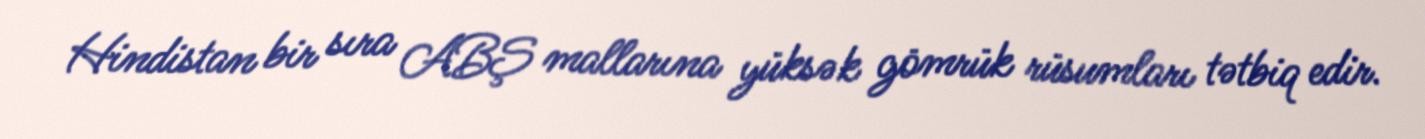
Hindistan bir sıra ABŞ mallarına yüksək gömrük rüsumları tətbiq edir.